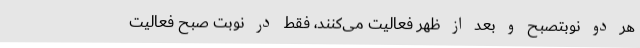
هر دو نوبتصبح و بعد از ظهر فعالیت می‌کنند، فقط در نوبت صبح فعالیت